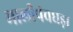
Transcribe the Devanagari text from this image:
मालीपंचघड़ा